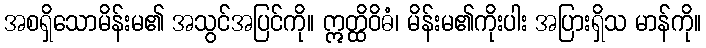
အစရှိသောမိန်းမ၏ အသွင်အပြင်ကို။ ဣတ္ထိဝိဓံ၊ မိန်းမ၏ကိုးပါး အပြားရှိသ မာန်ကို။